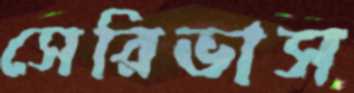
সেরিভাস